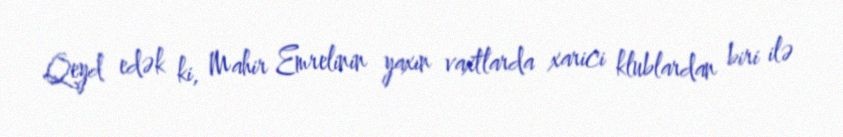
Qeyd edək ki, Mahir Emrelinin yaxın vaxtlarda xarici klublardan biri ilə